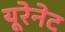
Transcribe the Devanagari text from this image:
यूरेनेट